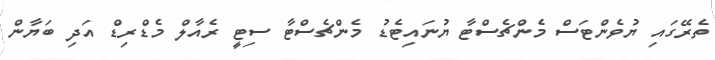
ތެރޭގައި ޔުވެންޓަސް މެންޗެސްޓާ ޔުނައިޓެޑު މެންޗެސްޓާ ސިޓީ ރެއާލް މެޑްރިޑް އަދި ބަޔާން